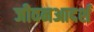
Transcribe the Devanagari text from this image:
जीवनआदर्श